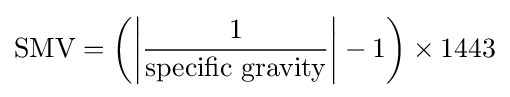
{\text{SMV}}=\left(\left|{\frac {1}{\text{specific gravity}}}\right|-1\right)\times 1443